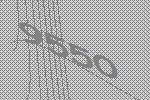
9550